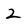
Character: 2